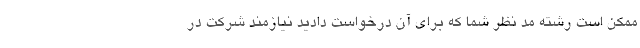
ممکن است رشته مد نظر شما که برای آن درخواست دادید نیازمند شرکت در